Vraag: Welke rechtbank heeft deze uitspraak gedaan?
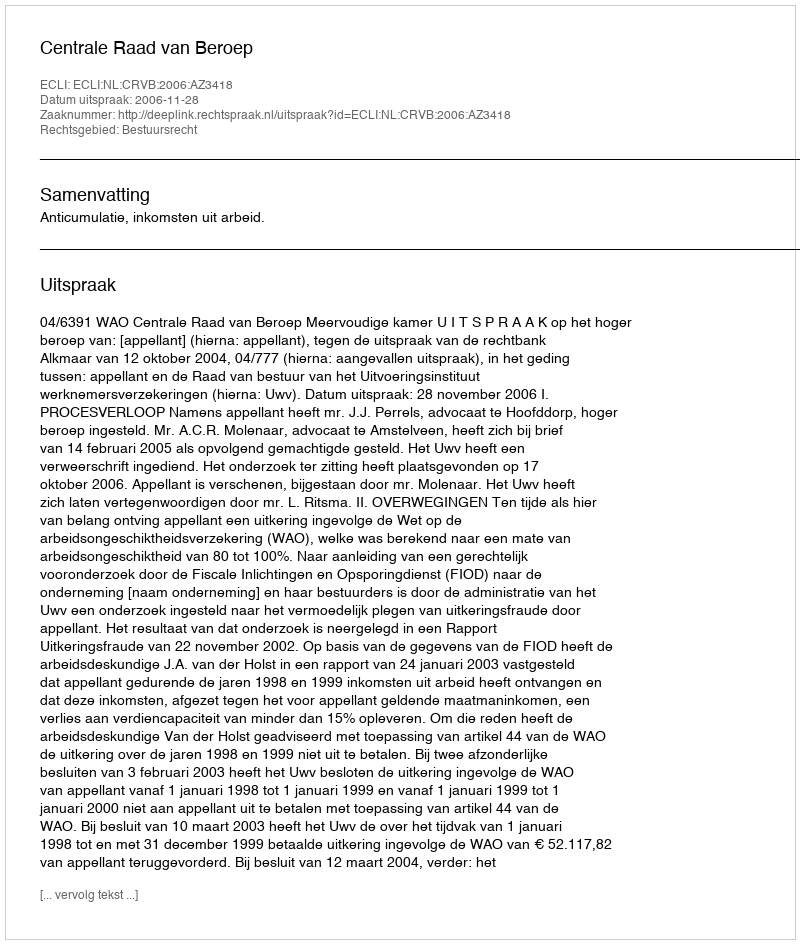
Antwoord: Centrale Raad van Beroep